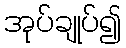
အုပ်ချုပ်၍